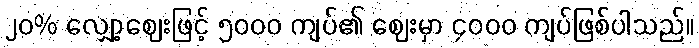
၂၀% လျှော့ဈေးဖြင့် ၅၀၀၀ ကျပ်၏ ဈေးမှာ ၄၀၀၀ ကျပ်ဖြစ်ပါသည်။